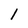
Character: l